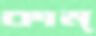
কাম্